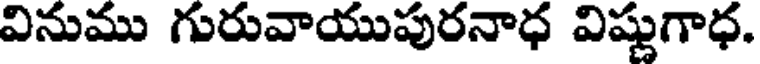
వినుము గురువాయుపురనాధ విష్ణుగాధ.